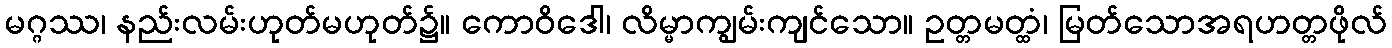
မဂ္ဂဿ၊ နည်းလမ်းဟုတ်မဟုတ်၌။ ကောဝိဒေါ၊ လိမ္မာကျွမ်းကျင်သော။ ဥတ္တမတ္ထံ၊ မြတ်သောအရဟတ္တဖိုလ်